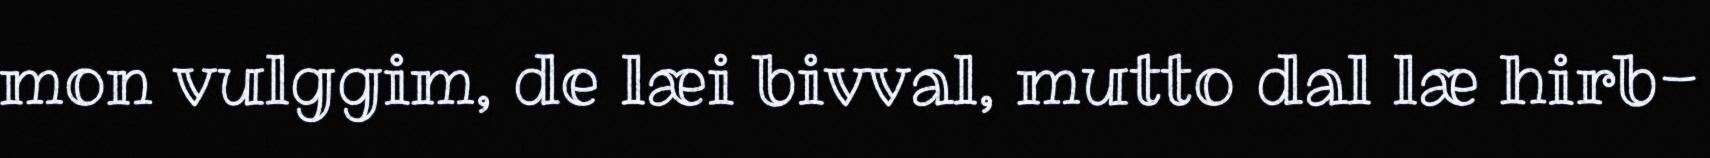
mon vulggim, de læi bivval, mutto dal læ hirb-